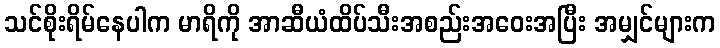
သင်စိုးရိမ်နေပါက မာရိကို အာဆီယံထိပ်သီးအစည်းအဝေးအပြီး အမျှင်များက